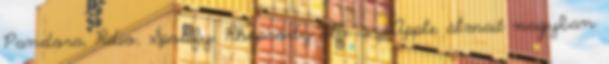
Pandora, Rdio, Spotify, Rhapsody stb. az Apple álmait nagyban